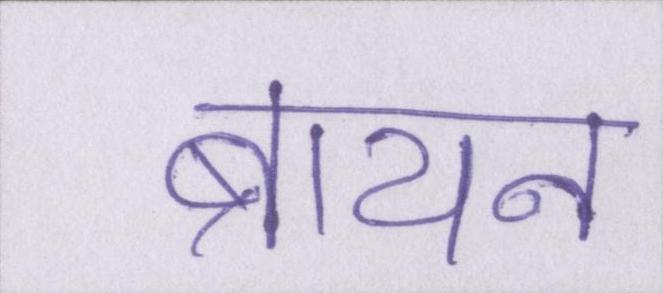
ब्रायन